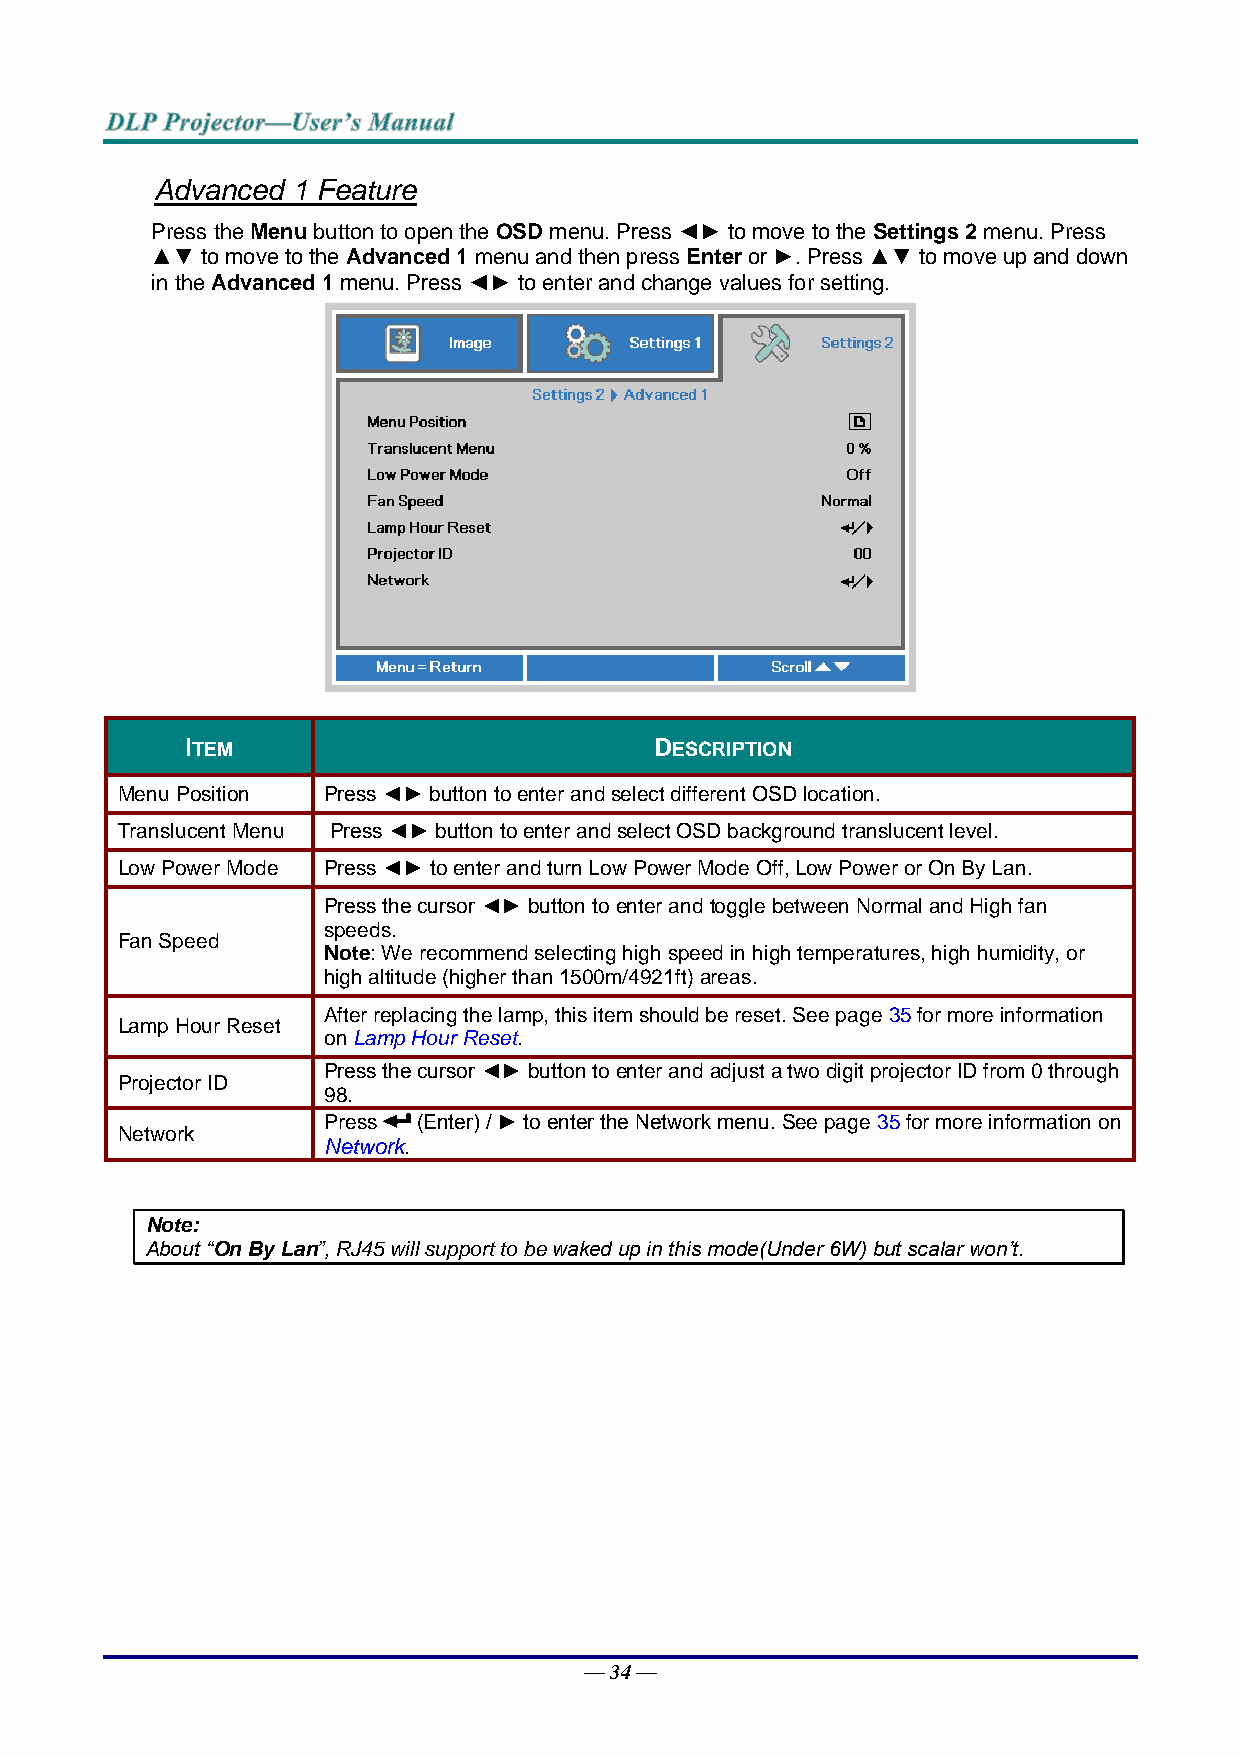
Advanced 1 Feature
 Press the Menu button to open the OSD menu. Press ◄► to move to the Settings 2 menu. Press
 ▲▼ to move to the Advanced 1 menu and then press Enter or ►. Press ▲▼ to move up and down
 in the Advanced 1 menu. Press ◄► to enter and change values for setting.
 ITEM                           DESCRIPTION
 Menu Position Press ◄► button to enter and select different OSD location.
 Translucent Menu Press ◄► button to enter and select OSD background translucent level.
 Low Power Mode Press ◄► to enter and turn Low Power Mode Off, Low Power or On By Lan.
 Press the cursor ◄► button to enter and toggle between Normal and High fan
 speeds.
 Fan Speed
 Note: We recommend selecting high speed in high temperatures, high humidity, or
 high altitude (higher than 1500m/4921ft) areas.
 After replacing the lamp, this item should be reset. See page 35 for more information
 Lamp Hour Reset
 on Lamp Hour Reset.
 Press the cursor ◄► button to enter and adjust a two digit projector ID from 0 through
 Projector ID
 98.
 Press  (Enter) / ► to enter the Network menu. See page 35 for more information on
 Network
 Network.
 Note:
 About “On By Lan”, RJ45 will support to be waked up in this mode(Under 6W) but scalar won’t.
 — 34 —